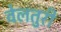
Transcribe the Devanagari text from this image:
वेलतुरी